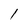
Character: 1